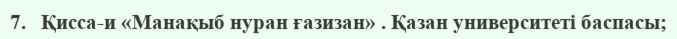
7.   Қисса-и «Манақыб нуран ғазизан» . Қазан университеті баспасы;